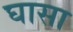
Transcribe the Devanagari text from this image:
घासा